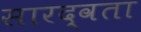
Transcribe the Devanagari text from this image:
सारद्वता